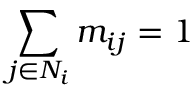
\sum _ { j \in N _ { i } } m _ { i j } = 1